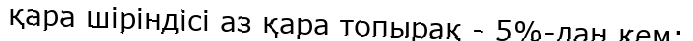
қара шіріндісі аз қара топырақ - 5%-дан кем;